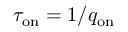
\tau _ { \mathrm { o n } } = 1 / q _ { \mathrm { o n } }